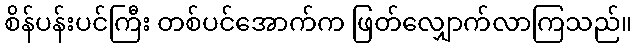
စိန်ပန်းပင်ကြီး တစ်ပင်အောက်က ဖြတ်လျှောက်လာကြသည်။